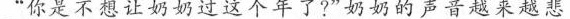
“你是不想让奶奶过这个年了?"奶奶的声音越来越悲